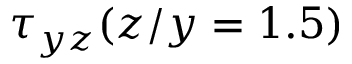
\tau _ { y z } ( z / y = 1 . 5 )